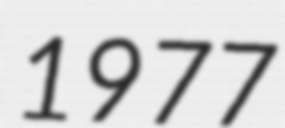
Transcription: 1977